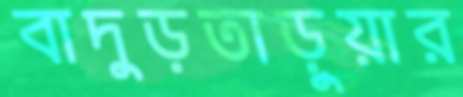
বাদুড়তাড়ুয়ার